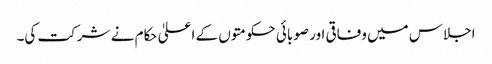
اجلاس میں وفاقی اور صوبائی حکومتوں کے اعلیٰ حکام نے شرکت کی۔